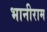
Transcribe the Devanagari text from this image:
भानीराम